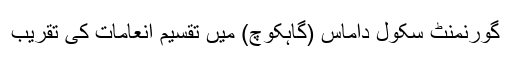
گورنمنٹ سکول داماس (گاہکوچ) میں تقسیم انعامات کی تقریب